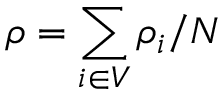
\rho = \sum _ { i \in V } \rho _ { i } / N